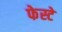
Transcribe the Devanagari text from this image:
फेस्टे